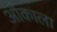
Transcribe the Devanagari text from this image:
ओकाला